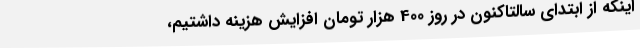
اینکه از ابتدای سالتاکنون در روز 400 هزار تومان افزایش هزینه داشتیم،